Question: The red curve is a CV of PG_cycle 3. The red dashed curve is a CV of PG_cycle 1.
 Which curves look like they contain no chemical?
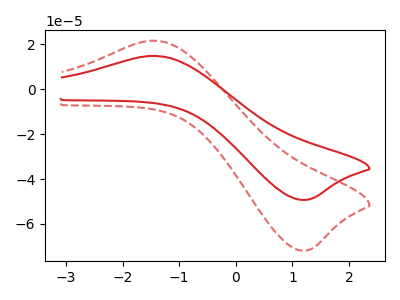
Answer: <think>The red curve "PG_cycle 3" has an anodic peak at (-1.50V, 14.80uA) and a cathodic peak at (1.15V, -49.30uA). The red dashed curve "PG_cycle 1" has an anodic peak at (-1.50V, 21.60uA) and a cathodic peak at (1.15V, -71.95uA).</think>
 <answer>There are not any CV's on this graph that are likely to be blanks.</answer>
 <eval>none</eval>